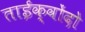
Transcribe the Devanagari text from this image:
ताईक्वोंदो